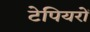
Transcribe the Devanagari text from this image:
टेपियरों